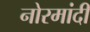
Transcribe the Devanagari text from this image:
नोरमांदी